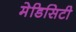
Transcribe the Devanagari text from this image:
मेडिसिटी